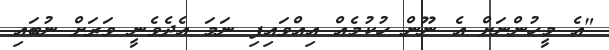
"އެ މީހުންނަށް އެ ނޫން ހުކުމެއް އިއްވައިފި ނަމަ އެދެވެނީ ވަރަށް ނުބައި